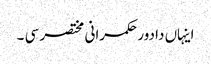
اینہاں دا دور حکمرانی مختصر سی ۔